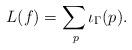
LaTeX: \begin{align*} L(f) = \sum_{\ p} \iota_{\Gamma}(p). \end{align*}